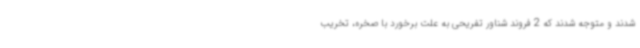
شدند و متوجه شدند که 2 فروند شناور تفریحی به علت برخورد با صخره، تخریب